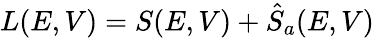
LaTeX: L(E,V)=S(E,V)+\hat{S}_{a}(E,V)